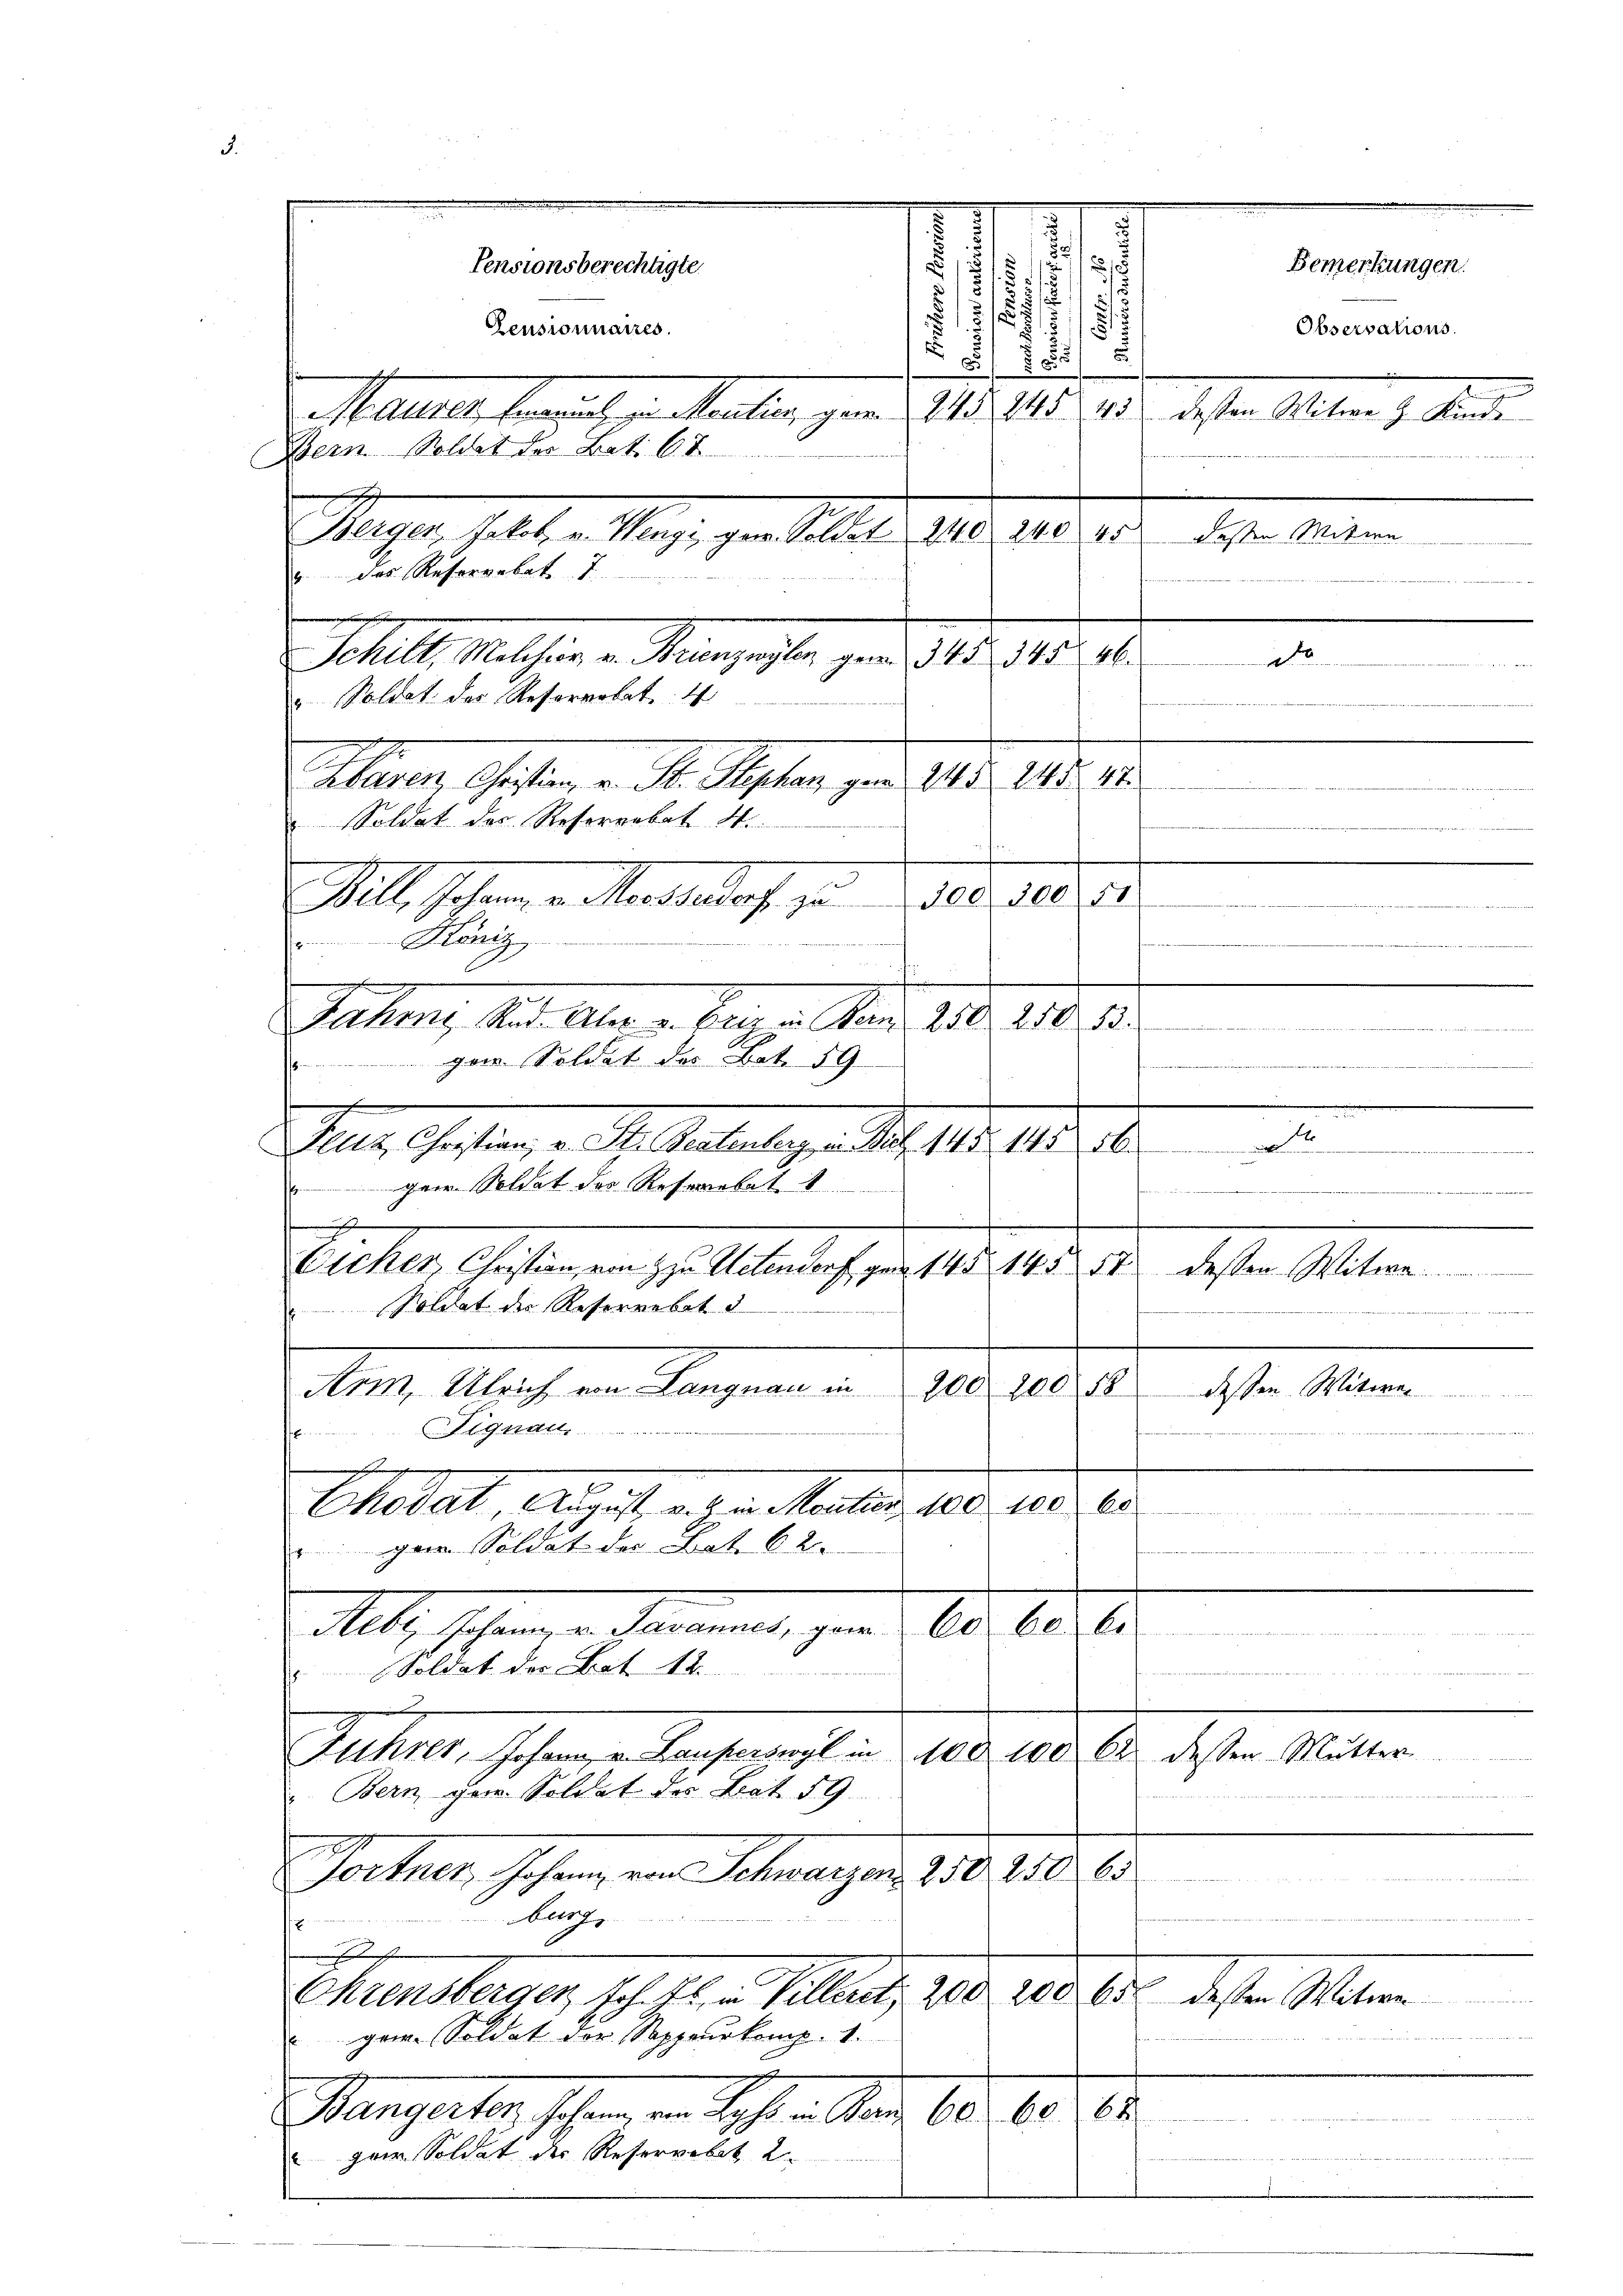
.
n
.
.
.
.
2
5
a
Pensionsberechtigte
5
1
52/
.
s
u
.
Pensionnaires.
1
55
t
.
8
.
Maller, berech von Maulin, ganz 145. 145. 43 dessen Witwe J. Kinde
Bern, Soldet der Bat. 67
 |
240
Berger, Jakob. v. Wengi, gew. Soldat 240
4
u. des Resergebet 7.
d
Schlt. Mathias Mangen er per 1918. 146. 11.
 Häge die 10
u. Soldat des Reservokat
Manen Guten v. M. Septer pro 18. 118. 141.
Soldat des Reserrobat 4.
300. 300. 51
Mill, Johann u. Mandesrath zu
22 S. 2
 König
Jahung, das. Aber u. den u. Mai 186. 18. 6.

n
gar. Soldat des Bot. 59
Puls Gesung d. J. Melang. . . . 10. 18. 6.
g
ger. Soldat der Resorobat 1

sg
Eicher, Christian, ein zu Uetendorf gen 14 § 145 57 dessen Witwe
Soldat des Reserrebat d

Arm, Ulrich von Langnau in 200 100 58
dessen Witwe
ge

Chedat, August an der aber 180. 108. 60
gan. Soldat der Bat. 62.
All, schweren Partement, gerne 100. 18. d.
Soldat der Bot 12.
Fuhrer, Johann v. Lauperswyl in 100. 100 62 dessen Mutter
" Bern, par Soldet des Bat 59.
ochner, Johannen Schwagen 158. 10. 68.
Aug.

s
Chrensberger, sch. Al. in Villant, 100. 200
gere Soldat der Sappeurkomp. 1.

Mangester schon in Sohren Stern 60. 10. 18
“ par Soldat der Reservebet 2.

Observations.

.

652 dessen Witwe

Bemerkungen.